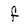
Character: f